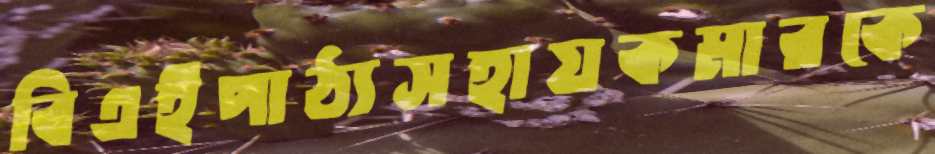
বিএইপাঠ্যসহায়কমারকে